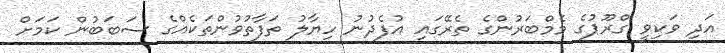
އަދި ވަކިވީ ގްރޫޕުގެ މެމްބަރުންގެ ތެރޭގައި އުފެދުނު ހިޔާލު ތަފާތުވުންތަކެއްގެ ސަބަބުން ކަމަށް